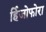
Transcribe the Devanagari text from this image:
र्हिजोफोरा